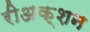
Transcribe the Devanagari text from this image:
रीअक्शन